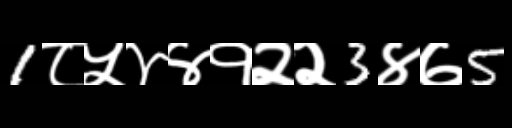
Text: 1८५४४१२२3४७5